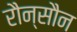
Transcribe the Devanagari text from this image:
रौन्सौन